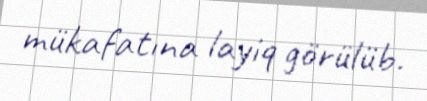
mükafatına layiq görülüb.